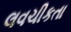
લવચીકતા